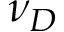
\nu _ { D }